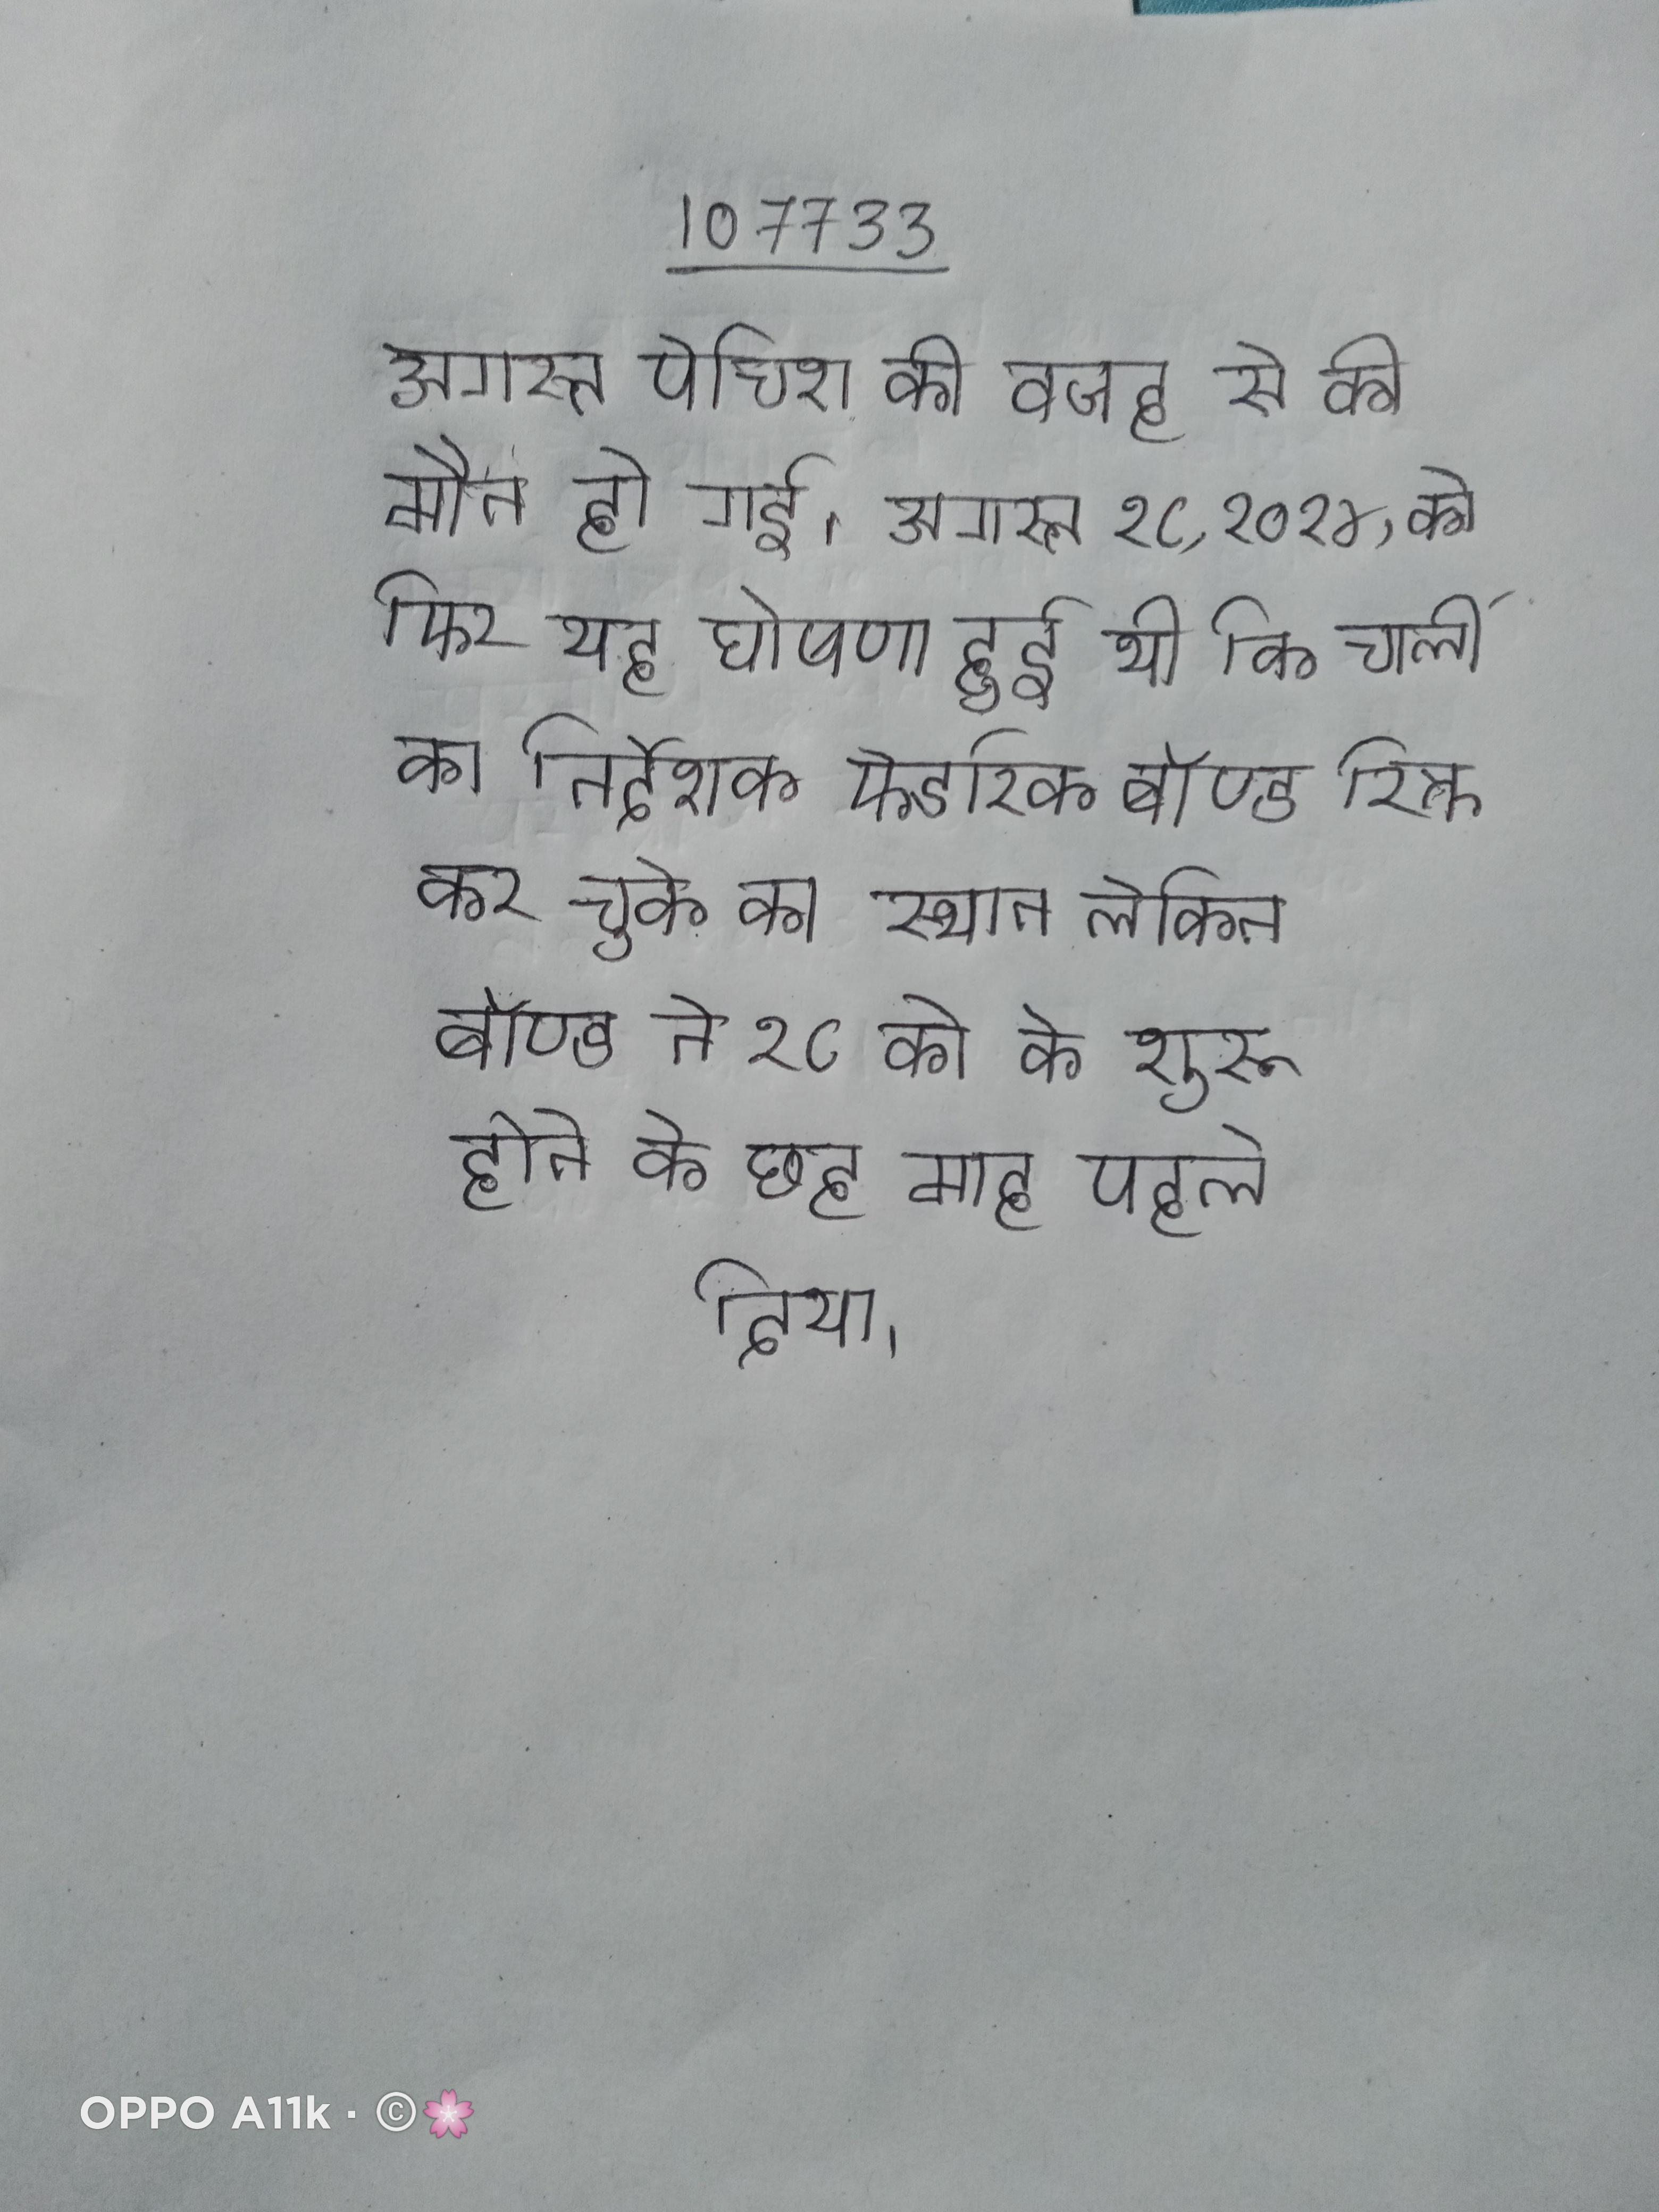
अगस्त पेचिश की वजह से की मौत हो गई । अगस्त १८, २०१४, को फिर यह घोषणा हुई थी कि चार्ली का निर्देशक फ्रेडरिक बाॅण्ड रिक्त कर चुके का स्थान लेकिन बाॅण्ड ने १८ को के शुरू होने के छह माह पहले दिया ।